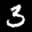
Label: 3